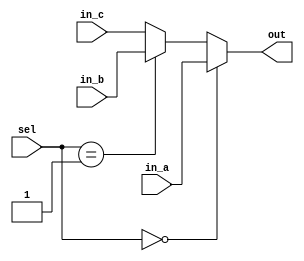
// ECE:3350 SISC processor project
// 16-bit mux

`timescale 1ns/100ps

module mux4 (in_a, in_b, in_c, sel, out);

  /*
   *  4-BIT MULTIPLEXER - mux16.v
   *
   *  Inputs:
   *   - in_a (4 bits): First input to the multiplexer. Chosen when sel = 0.
   *   - in_b (4 bits): Second input to the multiplexer. Chosen when sel = 1.
   *   - in_c (4 bits): Second input to the multiplexer. Chosen when sel = 2.
   *   - sel: Controls which input is seen at the output.
   *
   *  Outputs:
   *   - out (4 bits): Output from the multiplexer.
   *
   */
//mux4 u1 (.in_a(ir[23:20]), .in_b(ir[15:12]), .in_c(ir[19:16]) .sel(rd_sel), .out(outB));
  input  [3:0] in_a;
  input  [3:0] in_b;
  input  [3:0] in_c;
  input  [1:0] sel;
  output [3:0] out;

  reg    [3:0] out;
   
  always @ (in_a, in_b, in_c, sel)
  begin
    if (sel == 0)
      out = in_a;
    else if (sel == 1)
      out = in_b;
    else 
	out = in_c;
  end

endmodule